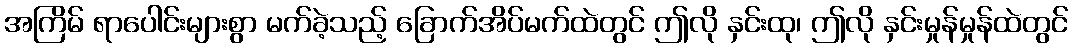
အကြိမ် ရာပေါင်းများစွာ မက်ခဲ့သည့် ခြောက်အိပ်မက်ထဲတွင် ဤလို နှင်းထု၊ ဤလို နှင်းမှုန်မှုန်ထဲတွင်